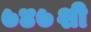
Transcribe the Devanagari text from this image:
७४७शी